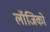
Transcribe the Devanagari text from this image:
लॉजिको